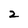
Character: 2